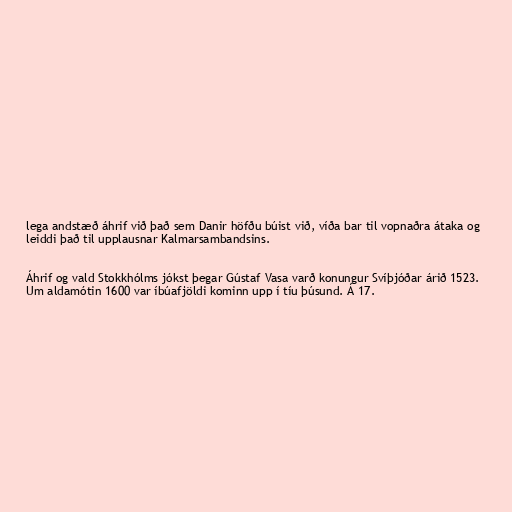
lega andstæð áhrif við það sem Danir höfðu búist við, víða bar til vopnaðra átaka og
leiddi það til upplausnar Kalmarsambandsins.

Áhrif og vald Stokkhólms jókst þegar Gústaf Vasa varð konungur Svíþjóðar árið 1523.
Um aldamótin 1600 var íbúafjöldi kominn upp í tíu þúsund. Á 17.